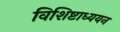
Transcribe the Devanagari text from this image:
विशिष्टाध्ययन